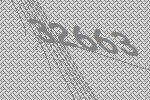
32663